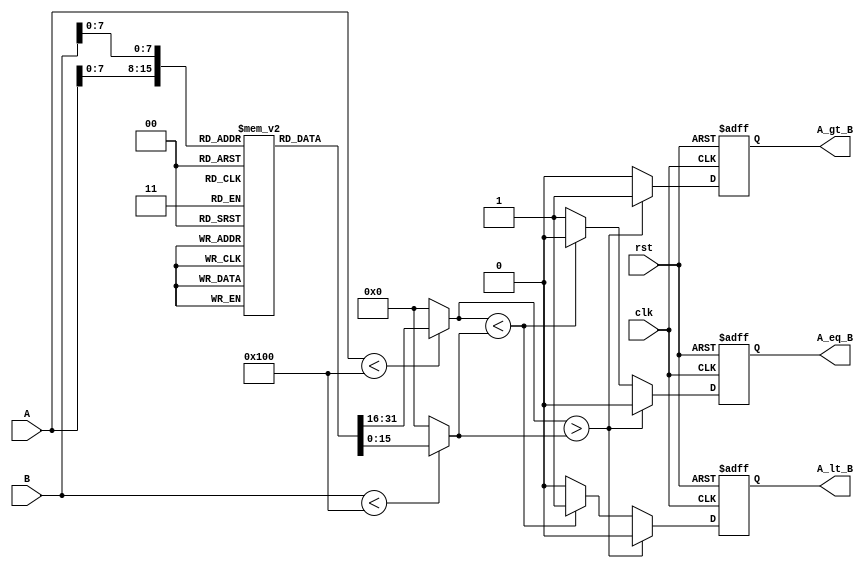
module LogarithmicComparator (
    input wire clk,
    input wire rst,
    input wire [15:0] A, // 16-bit input A
    input wire [15:0] B, // 16-bit input B
    output reg A_gt_B,    // A > B
    output reg A_lt_B,    // A < B
    output reg A_eq_B     // A = B
);

// Logarithmic lookup table (for simplicity, only a few values are shown)
reg [15:0] log_table [0:255]; // Assuming inputs are 8-bit for LUT
initial begin
    // Populate the logarithmic table (base 2 for example)
    // This is just an example, actual values should be filled in
    log_table[0] = 0;    // log2(1) = 0
    log_table[1] = 1;    // log2(2) = 1
    log_table[2] = 2;    // log2(4) = 2
    log_table[3] = 3;    // log2(8) = 3
    // ... Continue filling for more values
    log_table[255] = 8;  // log2(256) = 8
end

// Logarithmic transformation
wire [15:0] log_A;
wire [15:0] log_B;

assign log_A = (A < 256) ? log_table[A] : 0; // Logarithm transformation for A
assign log_B = (B < 256) ? log_table[B] : 0; // Logarithm transformation for B

// Comparator logic
always @(posedge clk or posedge rst) begin
    if (rst) begin
        A_gt_B <= 0;
        A_lt_B <= 0;
        A_eq_B <= 0;
    end else begin
        // Clear previous results
        A_gt_B <= 0;
        A_lt_B <= 0;
        A_eq_B <= 0;

        // Compare the logarithmic values
        if (log_A > log_B) begin
            A_gt_B <= 1;
        end else if (log_A < log_B) begin
            A_lt_B <= 1;
        end else begin
            A_eq_B <= 1;
        end
    end
end

endmodule